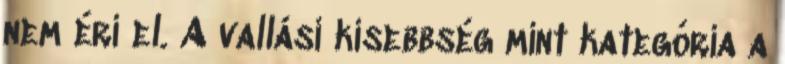
nem éri el. A vallási kisebbség mint kategória a